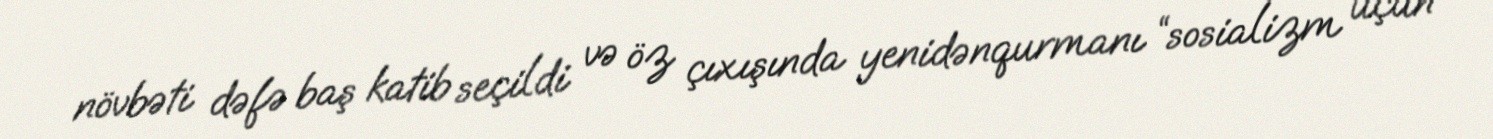
növbəti dəfə baş katib seçildi və öz çıxışında yenidənqurmanı “sosializm üçün